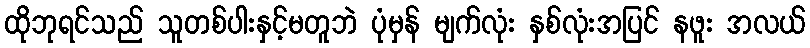
ထိုဘုရင်သည် သူတစ်ပါးနှင့်မတူဘဲ ပုံမှန် မျက်လုံး နှစ်လုံးအပြင် နဖူး အလယ်